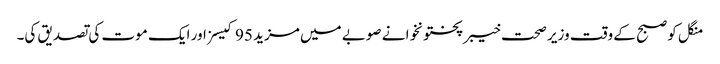
منگل کو صبح کے وقت وزیر صحت خیبرپختونخوا نے صوبے میں مزید 95 کیسز اور ایک موت کی تصدیق کی۔